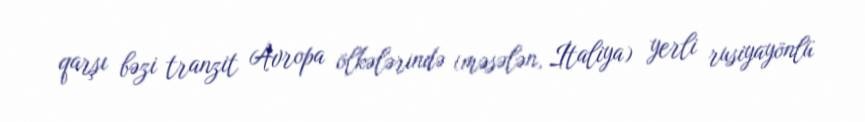
qarşı bəzi tranzit Avropa ölkələrində (məsələn, İtaliya) yerli rusiyayönlü